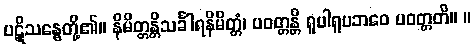
ပဋိုသန္ဓေတို့၏။ နိမိတ္တန္တိသင်္ခါရနိမိတ္တံ၊ ပဝတ္တန္တိ ရူပါရူပဘဝေ ပဝတ္တတိ။ ။